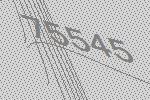
75545